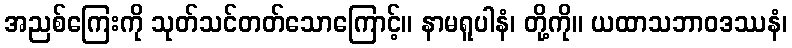
အညစ်ကြေးကို သုတ်သင်တတ်သောကြောင့်။ နာမရူပါနံ၊ တို့ကို။ ယထာသဘာဝဒဿနံ၊